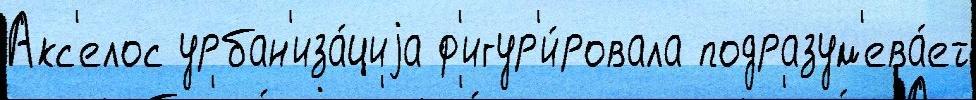
Акс'елос урбан'иза́циjа ф'игур'и́ровала подразум'ева́ет